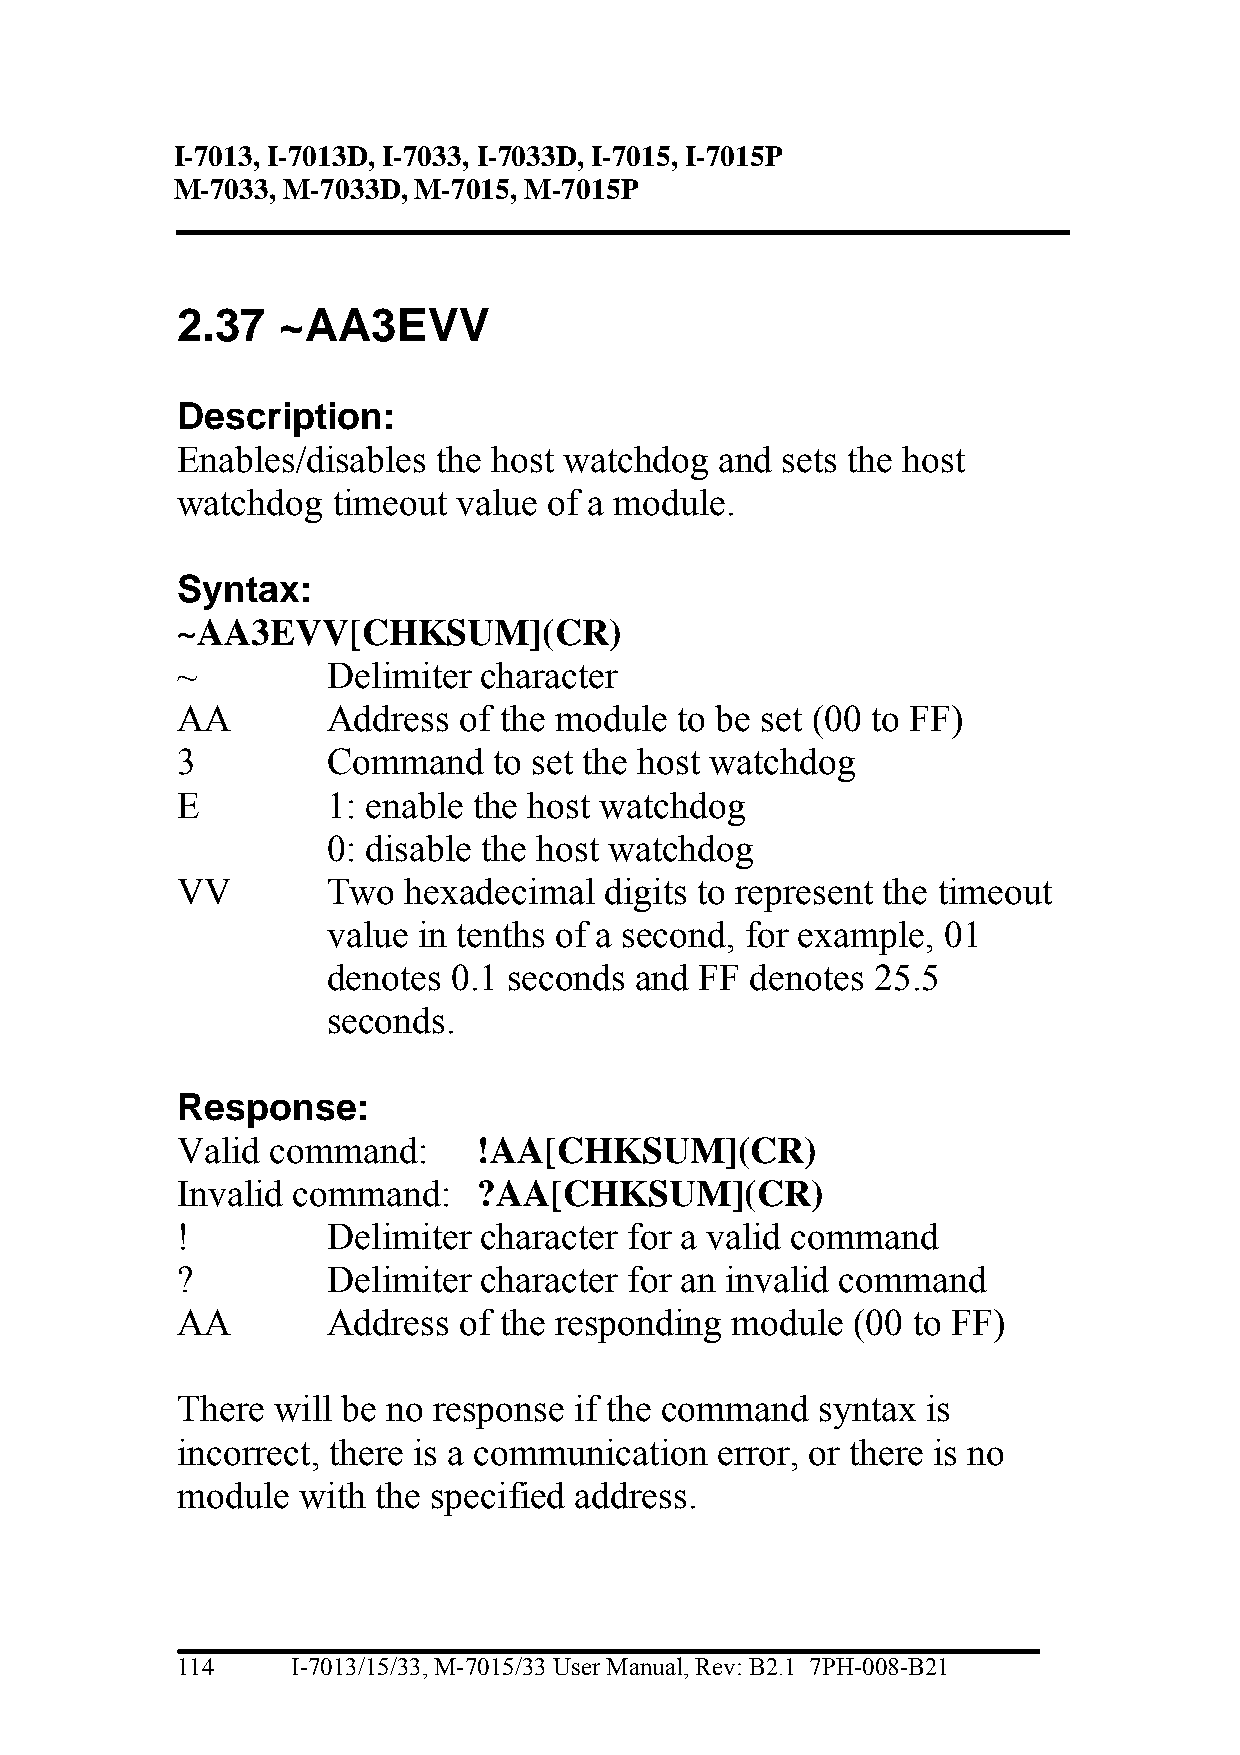
I-7013, I-7013D, I-7033, I-7033D, I-7015, I-7015P
 M-7033, M-7033D, M-7015, M-7015P
 2.37  ~AA3EVV
 Description:
 Enables/disables the host watchdog  and sets the host
 watchdog  timeout value of a module.
 Syntax:
 ~AA3EVV[CHKSUM](CR)
 ~         Delimiter character
 AA        Address of the module  to be set (00 to FF)
 3         Command    to set the host watchdog
 E         1: enable the host watchdog
 0: disable the host watchdog
 VV        Two  hexadecimal  digits to represent the timeout
 value in tenths of a second, for example, 01
 denotes 0.1 seconds and FF  denotes 25.5
 seconds.
 Response:
 Valid command:      !AA[CHKSUM](CR)
 Invalid command:    ?AA[CHKSUM](CR)
 !         Delimiter character for a valid command
 ?         Delimiter character for an invalid command
 AA        Address of the responding module  (00 to FF)
 There will be no response if the command  syntax is
 incorrect, there is a communication error, or there is no
 module  with the specified address.
 114    I-7013/15/33, M-7015/33 User Manual, Rev: B2.1 7PH-008-B21